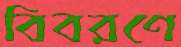
বিবরণে